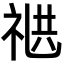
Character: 𬒸